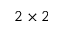
2 \times 2